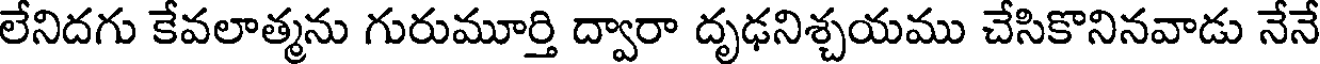
లేనిదగు కేవలాత్మను గురుమూర్తి ద్వారా దృఢనిశ్చయము చేసికొనినవాడు నేనే